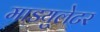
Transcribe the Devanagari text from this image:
माडयुलेटर